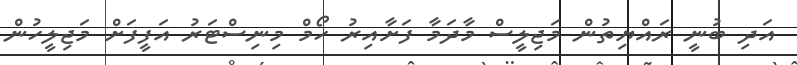
އަދި ބުނީ ރައްޔިތުން މަޖިލީސް މާދަމާ ފަށާއިރު ހޯމް މިނިސްޓަރު އަފީފަށް މަޖިލީހުން